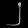
Digit: ၂